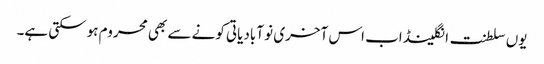
یوں سلطنت انگلینڈ اب اس آخری نو آبادیاتی کونے سے بھی محروم ہوسکتی ہے۔